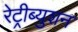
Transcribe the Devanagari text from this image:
रेट्रीब्युशन